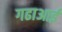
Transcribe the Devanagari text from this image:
गढाआई